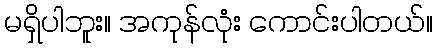
မရှိပါဘူး။ အကုန်လုံး ကောင်းပါတယ်။